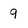
Character: 9